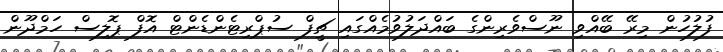
ފުލުހުން މިރޭ ބޭއްވި ނޫސްވެރިންގެ ބައްދަލުވުމެއްގައި ޗީފް ސުޕްރިޓެންޑެންޓް އޮފް ޕޮލިސް ހަމްދޫން